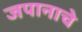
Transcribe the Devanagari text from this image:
जपानाचे